Vaccination in the Punjab 1905-1918 - 1905-1918
Year: 1905
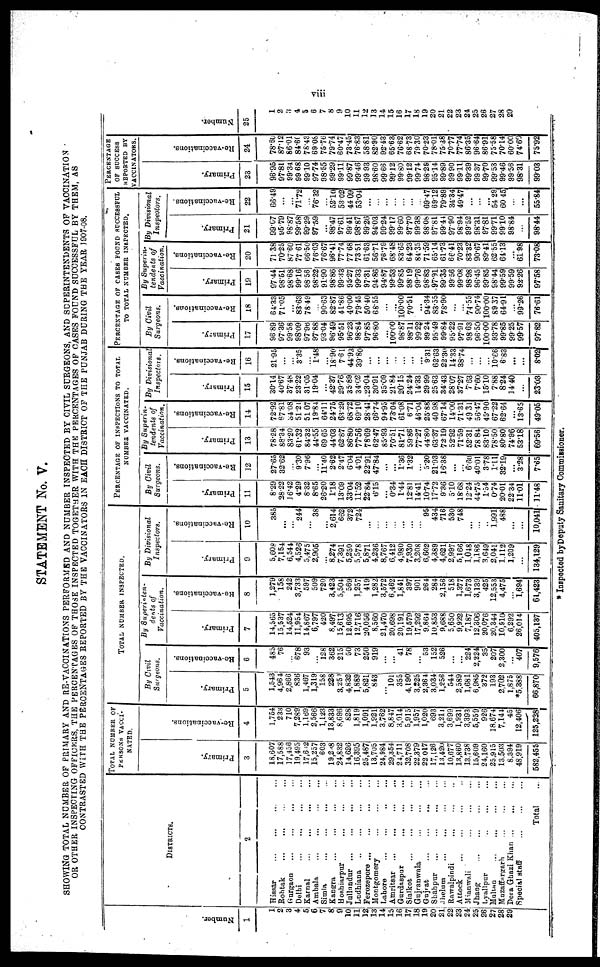
viii
STATEMENT No. V.
SHOWING TOTAL NUMBER OF PRIMARY AND RE-VACCINATIONS PERFORMED AND NUMBER INSPECTED BY CIVIL SURGEONS, AND SUPERINTENDENTS OF VACCINATION
OR OTHER INSPECTING OFFICERS, THE PERCENTAGES OF THOSE INSPECTED TOGETHER WITH THE PERCENTAGES OF CASES FOUND SUCCESSFUL BY THEM, AS
CONTRASTED WITH THE PERCENTAGES REPORTED BY THE VACCINATORS IN EACH DISTRICT OF THE PUNJAB DURING THE YEAR 1907-08.
Number.
1
1
2
3
4
5
6
7
8
9
10
11
12
13
14
15
16
17
18
19
20
21
22
23
24
25
26
27
28
29
DISTRICTS.
2
Hissar ... ... ... ...
Rohtak
...
...
...
...
Gurgaon
...
...
...
...
Delhi
...
...
...
...
Karnal ... ... ... ...
Ambala
...
...
...
...
Simla
...
...
...
...
Kangra ... ... ... ...
Hoshiarpur
...
...
...
Jullundur ... ... ... ...
Ludhiana
..
...
...
...
Ferozepore
...
...
...
...
Montgomery
...
...
...
Lahore ... ... .. ...
Amritsar
...
...
...
...
Gurdaspur ... ... ...
Sialkot ... ... ... ...
Gujranwala
...
...
...
Gujrat ... ... ... ...
Shahpur
...
...
...
...
Jhelum ... ... ... ...
Rawalpindi ... ... ..
Attock ... ... ... ..
Mianwali ... ... ...
Jhang ... ... ... ...
Lyallpur .. ... ...
Multan
...
...
...
...
Mazaffargarh ... ... ...
Dera Ghazi Khan ... ... ...
Special staff
...
...
...
Total ...
TOTAL NUMBER OF
PERSONS VACCI-
NATED.
Primary.
3
18,607
17,588
17,456
19,495
17,642
15,257
603
19,298
24,832
14,626
16,395
25,487
13,705
24,984
29,354
24,711
32,708
22,379
22,017
17,126
13,420
10,677
13,860
13,738
15,609
24,160
25,915
13,503
8,394
48,919
582,455
Re-vaccinations.
4
1,754
233
710
7,289
1,169
2,566
1,123
13,833
8,696
828
1,819
1,091
1,921
3,762
8,847
3,014
5,915
1,957
1,020
693
3,211
3,699
1,931
3,393
5,559
926
18,674
7,144
45
12,406
125,228
TOTAL NUMBER INSPECTED.
By Civil
Surgeons.
Primary.
5
1,543
4,964
2,866
836
1,467
1,319
158
228
3,259
4,832
1,889
5,821
843
...
101
355
4,190
3,225
2,364
3,034
1,256
544
2,589
1,681
6,985
372
193
2,702
1,875
*5,388
66,870
Re-vaccinations.
6
485
76
...
678
93
...
128
362
215
50
73
250
919
...
...
41
78
...
53
152
526
...
...
224
2,224
35
207
2,300
...
407
9,576
By Superinten-
dents of
Vaccination.
Primary.
7
14,565
15,537
14,524
11,954
14,867
6,797
420
8,497
15,613
12,695
12,716
20,056
8,560
21,470
20,698
20,191
19,579
17,292
9,864
10,853
9,688
5,650
9,922
7,187
12,306
20,076
20,344
10,910
6,292
26,014
405,137
Re-vaccinations.
8
1,279
158
242
3,733
597
509
720
3,423
5,504
569
1,257
419
1,282
3,572
6,462
1,841
397
901
264
284
2,156
518
1,377
1,673
3,139
425
12,553
4,475
...
1,694
61,423
By Divisional
Inspectors.
Primary.
9
5,608
7,154
6,544
4,526
5,475
2,905
...
8,274
7,391
5,250
5,578
5,871
4,236
8,767
6,412
4,980
7,930
3,208
6,602
4,389
4,621
2,997
5,166
1,048
1,186
3,649
2,041
1,112
1,209
...
134,129
Re-vaccinations.
10
385
...
...
244
...
38
...
2,614
662
372
724
...
...
...
...
...
...
...
95
434
716
530
748
...
...
...
1,991
488
...
...
10,041
PERCENTAGE OF INSPECTIONS TO TOTAL
NUMBER VACCINATED.
By Civil
Surgeons.
Primary.
11
8.29
28.22
16.42
4.29
8.32
8.65
26.20
1.18
13.09
33.04
11.52
22.84
6.15
...
0.34
1.44
12.81
14.41
10.74
17.72
9.36
5.10
18.68
12.24
44.75
1.54
0.74
20.01
22.34
11.01
11.48
Re-vaccinations.
12
27.65
32.62
...
9.30
7.96
...
11.40
2.62
2.47
6.04
4.01
22.91
47.84
...
...
1.36
1.32
...
5.20
21.93
16.38
...
...
6.60
40.01
3.78
1.11
32.19
...
3.28
7.65
By Superin-
tendents of
Vaccination.
Primary.
13
78.28
88.34
83.20
61.32
84.32
44.55
69.65
44.03
62.87
86.80
77.56
78.69
62.47
85.93
70.51
81.71
59.86
77.27
44.80
63.37
72.19
52.92
71.59
52.31
78.84
83.10
78.50
80.80
74.96
53.18
69.56
Re-vaccinations.
14
72.92
67.81
54.08
51.21
51.07
19.84
64.11
24.75
63.29
68.72
69.10
28.41
66.74
94.95
73.04
61.08
6.71
46.04
25.88
40.98
67.14
14.00
71.31
49.31
56.47
45.90
67.22
62.64
...
13.65
49.05
By Divisional
Inspectors.
Primary.
15
30.14
40.67
37.48
23.22
31.05
19.04
...
42.37
29.76
35.89
34.02
23.04
30.91
35.09
21.84
20.15
24.24
14.33
29.99
25.63
34.43
28.07
37.27
7.63
7.60
15.10
7.88
8.24
14.40
...
23.03
Re-vaccinations.
16
21.95
...
...
3.35
...
1.48
...
18.90
7.61
44.93
39.80
...
...
...
...
...
...
...
9.31
62.63
22.30
14.33
38.74
...
...
...
10.66
6.83
...
...
8.02
PERCENTAGE OF CASES FOUND SUCCESSFUL
TO TOTAL NUMBER INSPECTED.
By Civil
Surgeons.
Primary.
17
96.89
97.36
99.58
98.09
97.96
97.88
93.04
96.49
95.51
96.23
98.84
97.85
96.80
...
100.00
98.87
98.11
99.22
99.24
95.49
99.84
95.22
97.91
98.63
96.50
100.00
93.78
99.85
99.25
99.57
97.82
Re-vaccinations.
18
64.33
71.05
...
83.63
78.49
...
90.63
82.87
41.86
40.00
79.45
50.40
68.55
...
...
100.00
70.51
...
94.34
83.55
78.90
...
...
74.55
90.74
100.00
89.37
64.91
...
99.26
76.61
By Superin-
tendents of
Vaccination.
Primary.
19
97.44
98.51
98.68
99.16
98.56
98.22
91.90
98.86
99.33
95.27
99.33
97.31
94.86
94.87
99.53
99.85
98.19
99.76
98.83
97.91
99.35
99.56
99.08
98.98
96.45
99.85
98.44
99.59
99.59
92.26
97.58
Re-vaccinations.
20
71.38
70.25
87.60
77 61
66.50
76.03
76.67
96.41
77.74
77.68
73.51
61.63
56.71
76.79
68.48
83.65
64.23
84.35
71.59
65.14
61.73
66.41
70.23
83.32
90.67
89.41
62.55
64.13
...
61.98
73.08
By Divisional
Inspeotors.
Primary.
21
99.07
95.79
98.87
99.58
99.29
97.59
...
98.47
97.61
99.41
98.87
99.26
94.03
99.24
99.17
99.60
97.70
99.38
98.08
97.81
99.44
97.90
98.94
99.52
98.31
9781
99.71
99.10
98.84
...
98.44
Re-vaccinations.
22
66.49
...
...
71.72
...
76.32
...
52.10
53.02
44.09
53.04
...
...
...
...
...
...
...
69.47
69.12
79.89
34.34
49.47
...
...
...
54.29
60.45
...
...
55.84
PERCENTAGE
OF SUCCESS
REPORTED BY
VACCINATORS.
Primary.
23
96.95
97.81
99.34
99.68
99.10
97.74
98.55
99.29
99.11
99.87
99.46
99.93
98.60
99.66
99.12
99.80
99.12
99.74
98.29
95.14
99.89
99.90
99.11
99.39
99.37
99.70
99.53
99.46
99.56
98.31
99.03
Re-vaccinations.
24
78.60
87.12
86.01
84.60
78.43
69.08
75.76
79.74
60.47
73.45
76.83
58.81
82.90
92.43
65.63
76.62
68.73
79.30
70.23
78.01
75.38
70.77
77.74
86.35
96.64
86.91
75.58
70.14
60.00
74.60
75.92
Number.
25
1
2
3
4
5
6
7
8
9
10
11
12
13
14
15
16
17
18
19
20
21
22
23
24
25
26
27
28
29
* Inspected byDeputy Sanitary Commissioner.